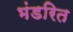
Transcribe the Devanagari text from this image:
भंडरित